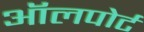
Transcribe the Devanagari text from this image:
ऑलपोर्ट